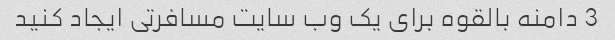
3 دامنه بالقوه برای یک وب سایت مسافرتی ایجاد کنید